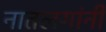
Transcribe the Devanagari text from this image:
नातलगांनी